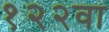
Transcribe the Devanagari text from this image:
१२२वा